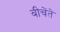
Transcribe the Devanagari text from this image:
बीचेंते